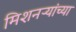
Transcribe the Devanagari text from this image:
मिशनऱ्यांच्या